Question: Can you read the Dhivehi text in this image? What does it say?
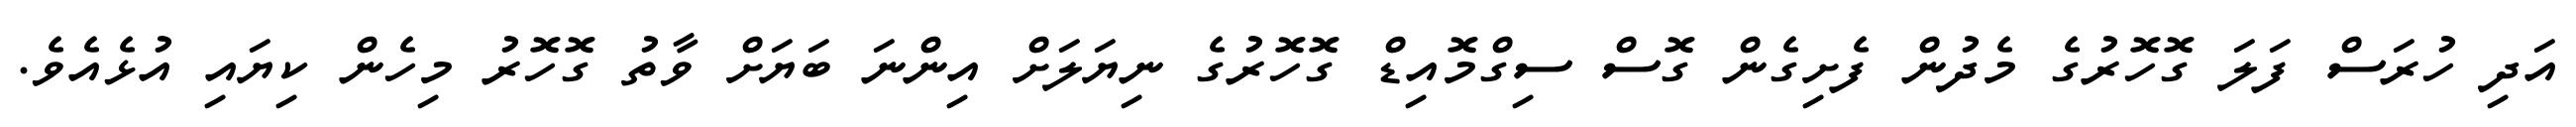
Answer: އަދި ހުރަސް ފަލަ ގޮހޮރުގެ މެދުން ފެށިގެން ގޮސް ސިގްމޮއިޑް ގޮހޮރުގެ ނިޔަލަށް އިންނަ ބަޔަށް ވާތު ގޮހޮރު މިހެން ކިޔައި އުޅެއެވެ.